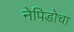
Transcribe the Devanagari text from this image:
नेपिडोचा